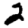
Digit: 2